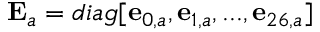
{ { \bf { E } } _ { a } } = d i a g [ { { \bf { e } } _ { 0 , a } } , { { \bf { e } } _ { 1 , a } } , . . . , { { \bf { e } } _ { 2 6 , a } } ]